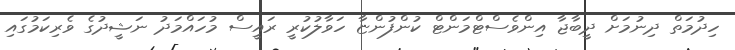
ހިދުމަތް ދިނުމަށް ދީބާޖާ އިންވެސްޓްމަންޓް ކުންފުންޏާ ހަވާލުކުރީ ރައީސް މުހައްމަދު ނަޝީދުގެ ވެރިކަމުގައި